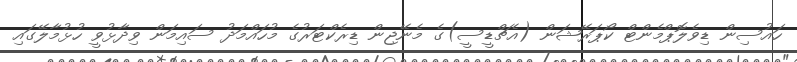
ހައުސިން ޑިވެލޮޕްމެންޓް ކޯޕަރޭޝަން (އެޗްޑީސީ)ގެ މެނޭޖިން ޑިރެކްޓަރުގެ މުހައްމަދު ސައިމަން ވިދާޅުވީ ހުޅުމާލޭގައި